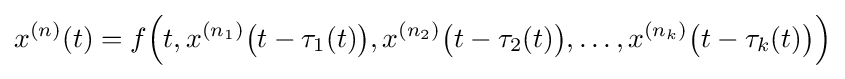
x^{(n)}(t)=f{\Bigl (}t,x^{(n_{1})}{\bigl (}t-\tau _{1}(t){\bigr )},x^{(n_{2})}{\bigl (}t-\tau _{2}(t){\bigr )},\ldots ,x^{(n_{k})}{\bigl (}t-\tau _{k}(t){\bigr )}{\Bigr )}